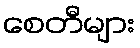
စေတီများ